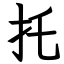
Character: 托